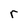
Character: r